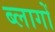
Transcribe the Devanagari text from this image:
ब्लागों